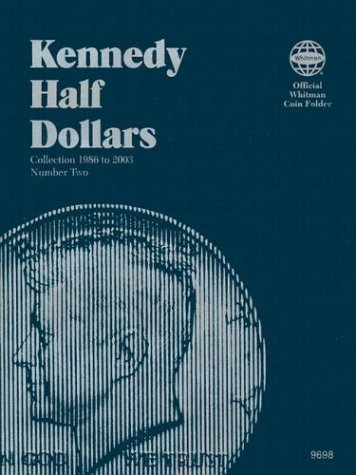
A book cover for Kennedy Half Dollars Folder 1986-2003 (Official Whitman Coin Folder); Whitman; Crafts, Hobbies & Home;